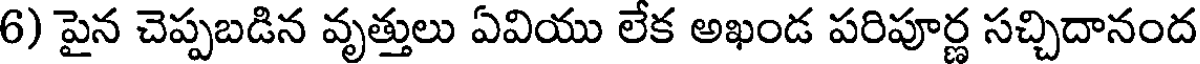
6) పైన చెప్పబడిన వృత్తులు ఏవియు లేక అఖండ పరిపూర్ణ సచ్చిదానంద